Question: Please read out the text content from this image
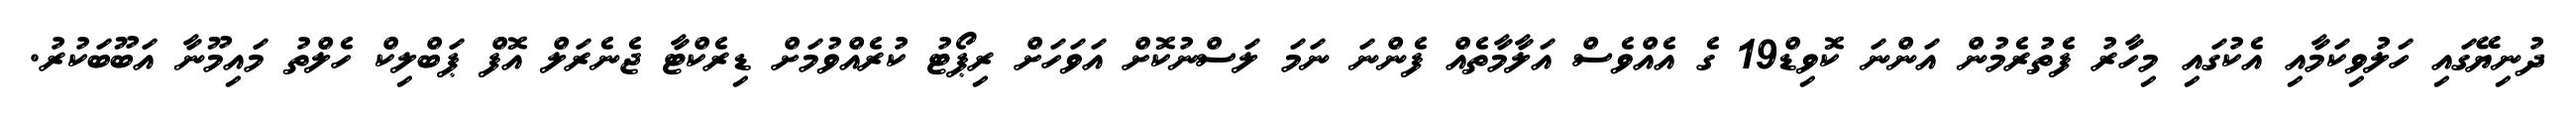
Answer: ދުނިޔޭގައި ހަލުވިކަމާއި އެކުގައި މިހާރު ފެތުރެމުން އަންނަ ކޮވިޑް19 ގެ އެއްވެސް އަލާމާތެއް ފެންނަ ނަމަ ލަސްނުކޮށް އަވަހަށް ރިޕޯޓު ކުރެއްވުމަށް ޑިރެކްޓާ ޖެނެރަލް އޮފް ޕަބްލިކް ހެލްތު މައިމޫނާ އަބޫބަކުރު.